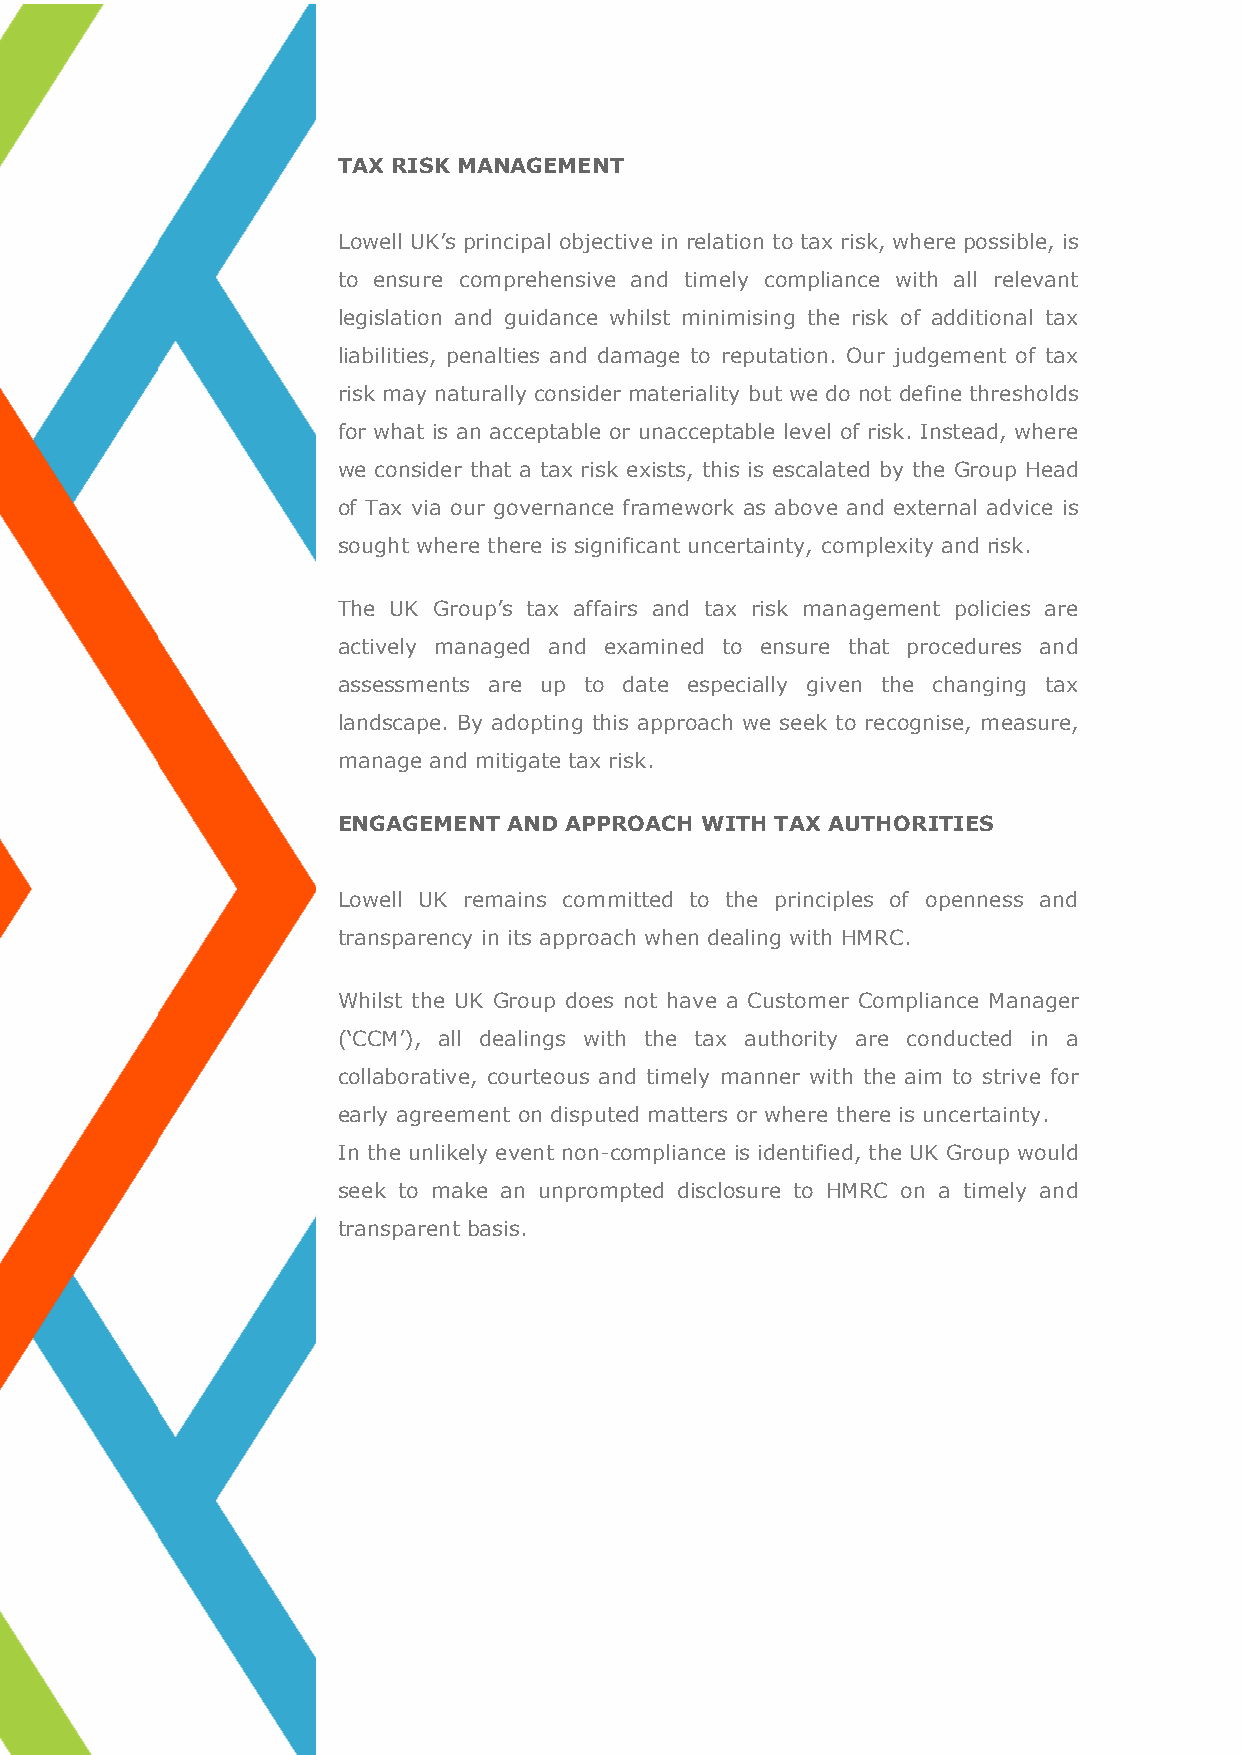
TAX RISK MANAGEMENT
 Lowell UK’s principal objective in relation to tax risk, where possible, is
 to ensure comprehensive and timely compliance with all relevant
 legislation and guidance whilst minimising the risk of additional tax
 liabilities, penalties and damage to reputation. Our judgement of tax
 risk may naturally consider materiality but we do not define thresholds
 for what is an acceptable or unacceptable level of risk. Instead, where
 we consider that a tax risk exists, this is escalated by the Group Head
 of Tax via our governance framework as above and external advice is
 sought where there is significant uncertainty, complexity and risk.
 The UK Group’s tax affairs and tax risk management policies are
 actively managed and examined to ensure that procedures and
 assessments are up to date especially given the changing tax
 landscape. By adopting this approach we seek to recognise, measure,
 manage and mitigate tax risk.
 ENGAGEMENT  AND APPROACH WITH TAX AUTHORITIES
 Lowell UK remains committed to the principles of openness and
 transparency in its approach when dealing with HMRC.
 Whilst the UK Group does not have a Customer Compliance Manager
 (‘CCM’), all dealings with the tax authority are conducted in a
 collaborative, courteous and timely manner with the aim to strive for
 early agreement on disputed matters or where there is uncertainty.
 In the unlikely event non-compliance is identified, the UK Group would
 seek to make an unprompted disclosure to HMRC on a timely and
 transparent basis.